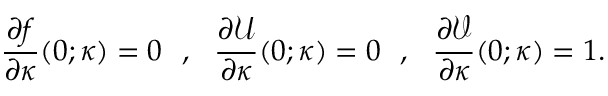
\frac { \partial f } { \partial \kappa } ( 0 ; \kappa ) = 0 ~ ~ , ~ ~ \frac { \partial \mathcal { U } } { \partial \kappa } ( 0 ; \kappa ) = 0 ~ ~ , ~ ~ \frac { \partial \mathcal { V } } { \partial \kappa } ( 0 ; \kappa ) = 1 .